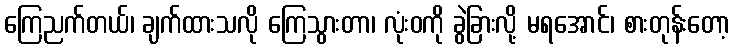
ကြေညက်တယ်၊ ချက်ထားသလို ကြေသွားတာ၊ လုံးဝကို ခွဲခြားလို့ မရအောင်၊ စားတုန်းတော့